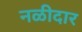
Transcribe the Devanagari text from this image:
नळीदार